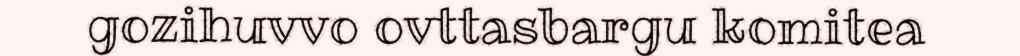
gozihuvvo ovttasbargu komitea